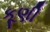
કૂણી